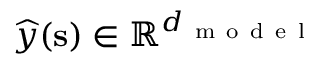
\boldsymbol { { \widehat { y } } } ( \mathbf { s } ) \in \mathbb { R } ^ { d _ { \mathrm { ~ m ~ o ~ d ~ e ~ l ~ } } }